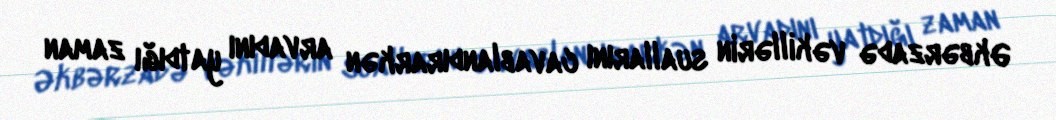
Əkbərzadə vəkillərin suallarını cavablandırarkən arvadını yatdığı zaman